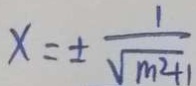
x = \pm \frac { 1 } { \sqrt { m ^ { 2 } + 1 } }